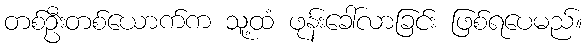
တစ်ဦးတစ်ယောက်က သူ့ထံ ဖုန်းခေါ်လာခြင်း ဖြစ်ရပေမည်။